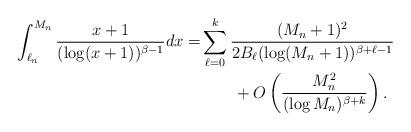
LaTeX: \begin{align*}\begin{aligned} \int_{\ell_n}^{M_n} \frac{x+1}{(\log(x+1))^{\beta-1}}dx=&\sum_{\ell=0}^k\frac{(M_n+1)^2 }{2B_\ell (\log(M_n+1))^{\beta+\ell-1}}\\ &\qquad+O\left(\frac{M_n^2}{(\log M_n)^{\beta+k}}\right).\end{aligned}\end{align*}